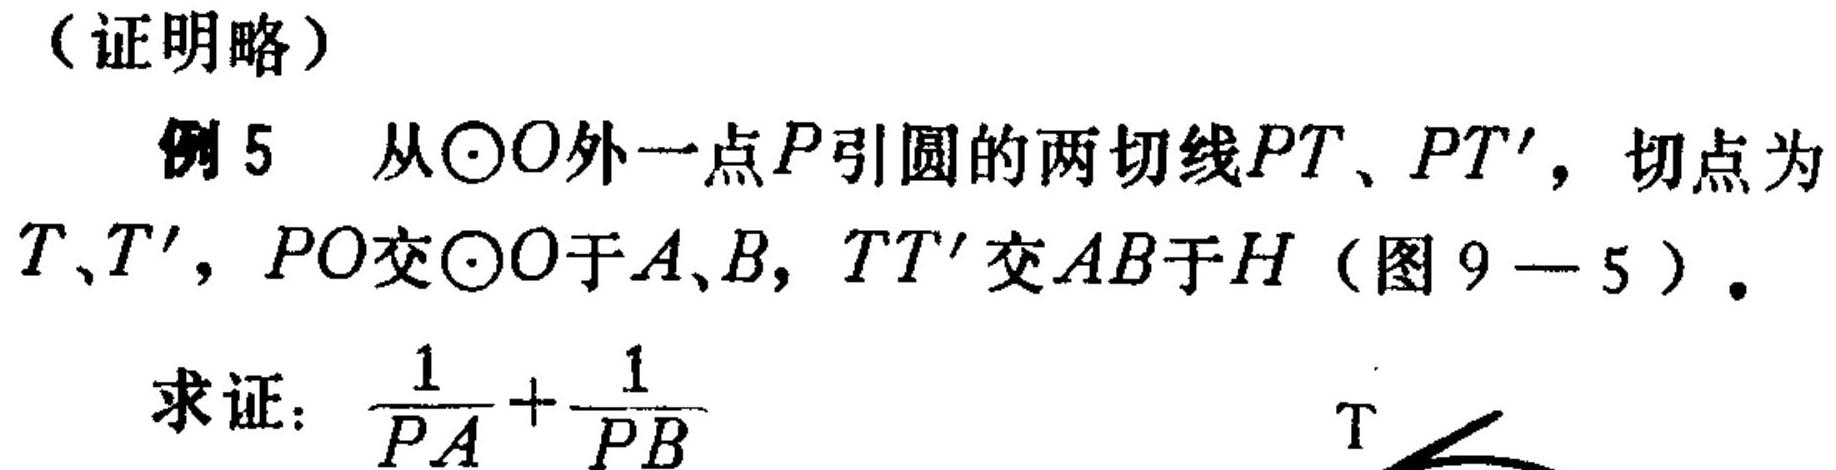
（证明略）
例5 从$\odot O$外一点$P$引圆的两切线$PT$、$PT'$，切点为$T、T'$，$PO$交$\odot O$于$A、B$，$TT'$交$AB$于$H$（图9 - 5）。
求证：$\frac{1}{PA}+\frac{1}{PB}$